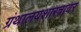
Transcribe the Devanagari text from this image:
ग्रंथालयशास्त्रावर